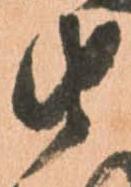
由